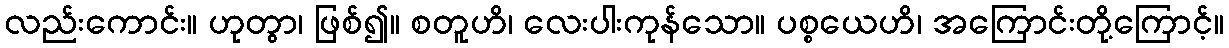
လည်းကောင်း။ ဟုတွာ၊ ဖြစ်၍။ စတူဟိ၊ လေးပါးကုန်သော။ ပစ္စယေဟိ၊ အကြောင်းတို့ကြောင့်။